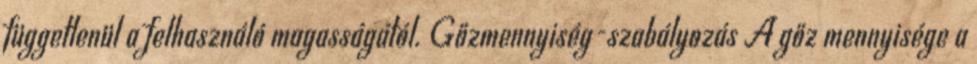
függetlenül a felhasználó magasságától. Gőzmennyiség-szabályozás A gőz mennyisége a